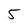
Character: 5